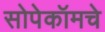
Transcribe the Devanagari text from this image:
सोपेकॉमचे